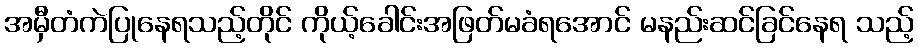
အမှီတံကဲပြုနေရသည့်တိုင် ကိုယ့်ခေါင်းအဖြတ်မခံရအောင် မနည်းဆင်ခြင်နေရ သည့်